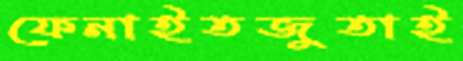
ফেনাইতজুতাই